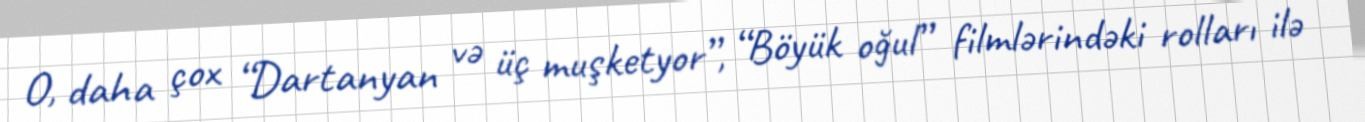
O, daha çox “Dartanyan və üç muşketyor”, “Böyük oğul” filmlərindəki rolları ilə